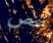
شخص